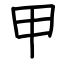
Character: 甲